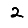
Digit: 2